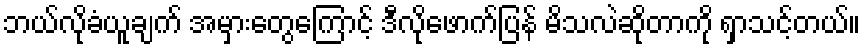
ဘယ်လိုခံယူချက် အမှားတွေကြောင့် ဒီလိုဖောက်ပြန် မိသလဲဆိုတာကို ရှာသင့်တယ်။